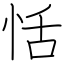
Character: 恬